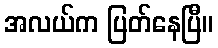
အလယ်က ပြတ်နေပြီ။